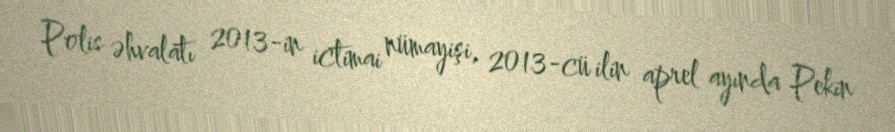
Polis əhvalatı 2013-in ictimai nümayişi, 2013-cü ilin aprel ayında Pekin